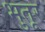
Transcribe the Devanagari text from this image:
भुतूर